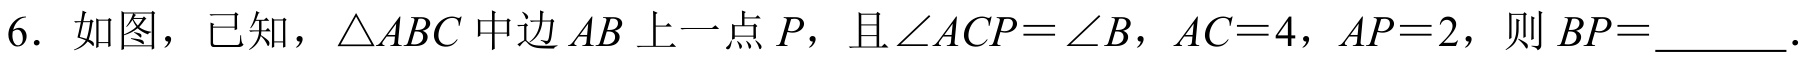
6. 如图，已知，$\triangle ABC$中边$AB$上一点$P$，且$\angle ACP = \angle B$，$AC = 4$，$AP = 2$，则$BP = \_\_\_\_$.